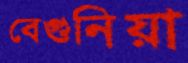
বেগুনিয়া